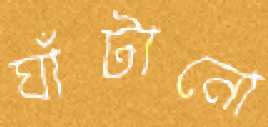
ঘাঁটানো